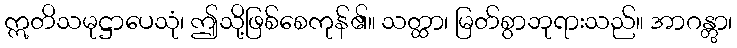
ဣတိသမုဋ္ဌာပေသုံ၊ ဤသို့ဖြစ်စေကုန်၏။ သတ္ထာ၊ မြတ်စွာဘုရားသည်။ အာဂန္တွာ၊